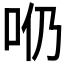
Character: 𠯹